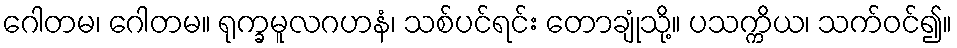
ဂေါတမ၊ ဂေါတမ။ ရုက္ခမူလဂဟနံ၊ သစ်ပင်ရင်း တောချုံသို့။ ပသက္ကိယ၊ သက်ဝင်၍။